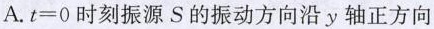
A.$$t=0$$时刻振源S的振动方向沿y轴正方向